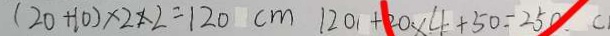
( 2 0 + 1 0 ) \times 2 \times 2 = 1 2 0 c m 1 2 0 + 2 0 \times 4 + 5 0 = 2 5 0 . c